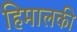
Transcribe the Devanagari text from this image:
हिमालकी